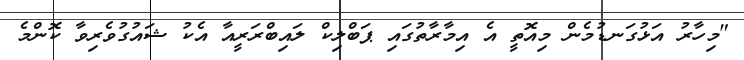
"މިހާރު އަޅުގަނޑުމެން މިއޮތީ އެ އިމާރާތުގައި ޕަބްލިކް ލައިބްރަރީއާ އެކު ޝައުގުވެރިވާ ކޮންމެ